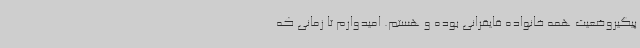
پیگیروضعیت همه خانواده قایقرانی بوده و هستم. امیدوارم تا زمانی که